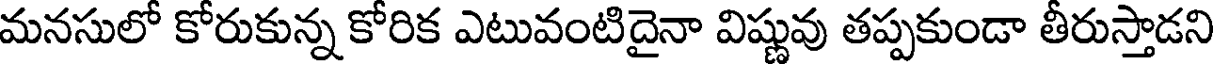
మనసులో కోరుకున్న కోరిక ఎటువంటిదైనా విష్ణువు తప్పకుండా తీరుస్తాడని